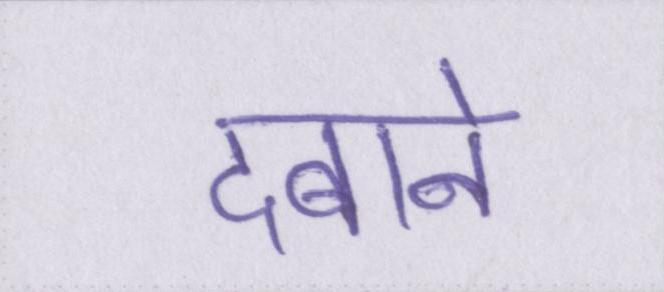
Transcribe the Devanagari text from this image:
दबाने